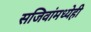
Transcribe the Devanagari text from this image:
सजिवांमध्येही